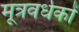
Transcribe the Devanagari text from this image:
मूत्रवर्धकों